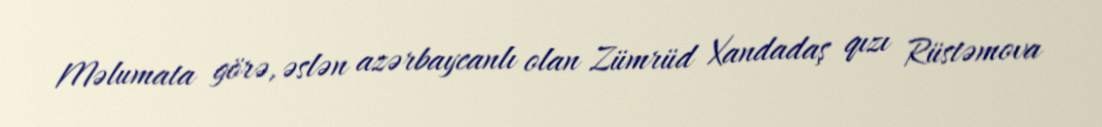
Məlumata görə, əslən azərbaycanlı olan Zümrüd Xandadaş qızı Rüstəmova